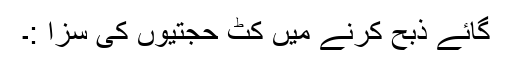
گائے ذبح کرنے میں کٹ حجتیوں کی سزا :۔